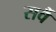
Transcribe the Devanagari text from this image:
सर्वै